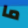
ما